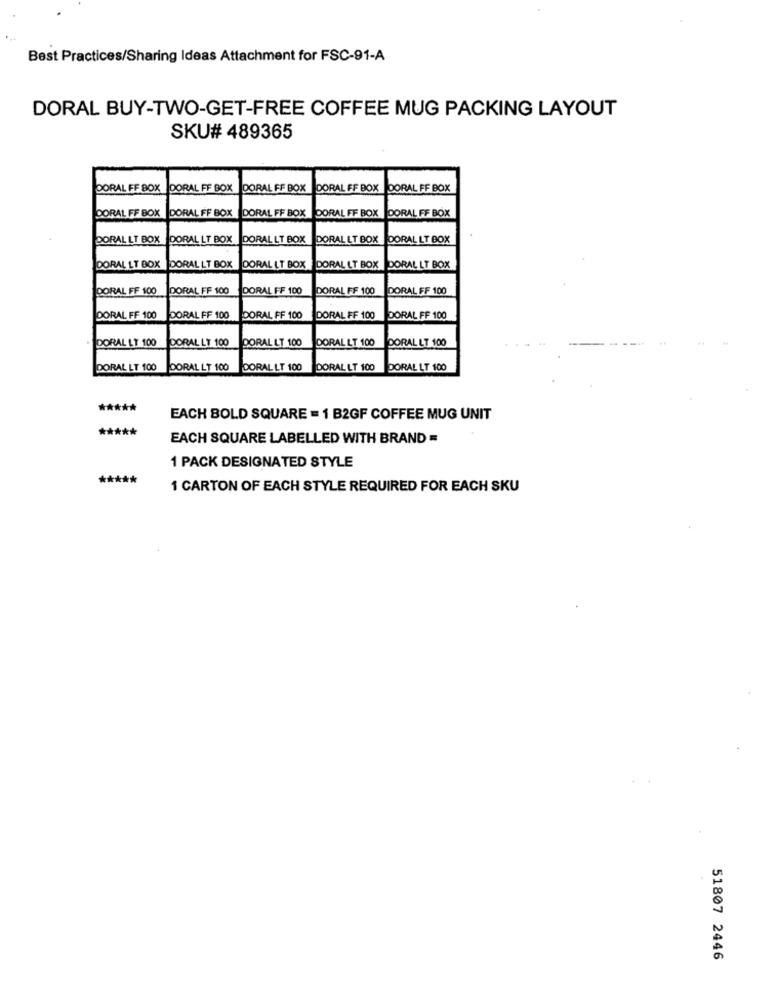
Best Practices/Sharing Ideas Attachment for FSC-91-A
DORAL BUY-TWO-GET-FREE COFFEE MUG PACKING LAYOUT
SKU# 489365
DORAL FF BOX
DORAL FF BOX
DORAL FF BOX
DORAL FF BOX
DORAL FF BOX
DORAL FF BOX
DORAL FF BOX
DORAL FF BOX
DORAL FF BOX
DORAL FF BOX
DORAL LT BOX
DORAL LT BOX
DORAL LT BOX
DORAL LT BOX
DORAL LT BOX
DORAL LT BOX DORAL LT BOX
DORAL LT BOX
DORAL LT BOX
DORAL LT BOX
DORAL FF 100
DORAL FF 100
DORAL FF 100
DORAL FF 100
DORAL FF 100
DORAL FF 100
DORAL FF 100
DORAL FF 100
DORAL FF 100
DORAL FF 100
DORAL LT 100
DORAL LT 100
DORAL LT 100
DORAL LT 100
DORAL LT 100
DORAL LT 100
DORAL LT 100
DORALLT 100
DORAL LT 100
DORAL LT 100
*****
EACH BOLD SQUARE = 1 B2GF COFFEE MUG UNIT
*****
EACH SQUARE LABELLED WITH BRAND =
1 PACK DESIGNATED STYLE
*****
1 CARTON OF EACH STYLE REQUIRED FOR EACH SKU
51807 2446